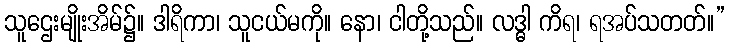
သူဌေးမျိုးအိမ်၌။ ဒါရိကာ၊ သူငယ်မကို။ နော၊ ငါတို့သည်။ လဒ္ဓါ ကိရ၊ ရအပ်သတတ်။”